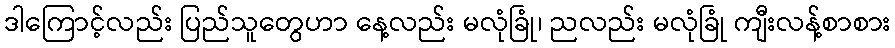
ဒါကြောင့်လည်း ပြည်သူတွေဟာ နေ့လည်း မလုံခြုံ၊ ညလည်း မလုံခြုံ ကျီးလန့်စာစား